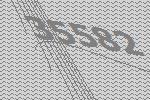
35582